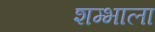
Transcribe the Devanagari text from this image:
शम्भाला